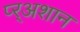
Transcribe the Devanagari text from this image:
प्र्‍अशान